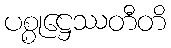
ပစ္စုဋ္ဌေဿတီတိ